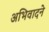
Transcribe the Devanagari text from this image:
अभिवादने